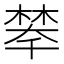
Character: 𣗚